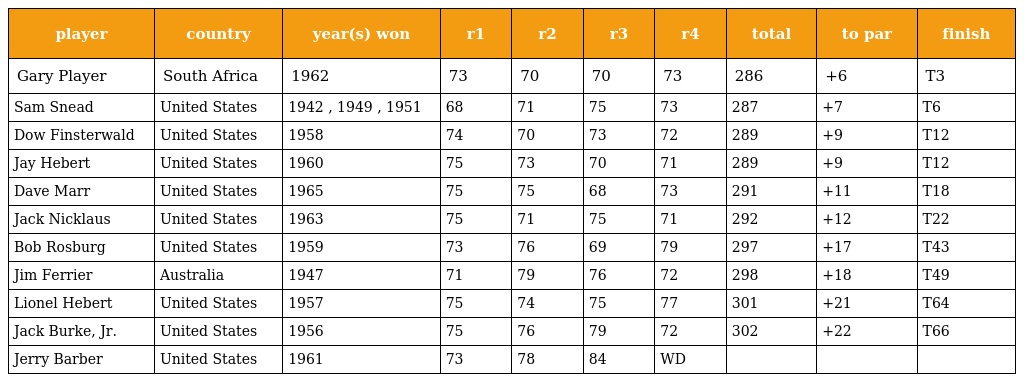
| player | country | year(s) won | r1 | r2 | r3 | r4 | total | to par | finish |
 | --- | --- | --- | --- | --- | --- | --- | --- | --- | --- |
 | Gary Player | South Africa | 1962 | 73 | 70 | 70 | 73 | 286 | +6 | T3 |
 | Sam Snead | United States | 1942 , 1949 , 1951 | 68 | 71 | 75 | 73 | 287 | +7 | T6 |
 | Dow Finsterwald | United States | 1958 | 74 | 70 | 73 | 72 | 289 | +9 | T12 |
 | Jay Hebert | United States | 1960 | 75 | 73 | 70 | 71 | 289 | +9 | T12 |
 | Dave Marr | United States | 1965 | 75 | 75 | 68 | 73 | 291 | +11 | T18 |
 | Jack Nicklaus | United States | 1963 | 75 | 71 | 75 | 71 | 292 | +12 | T22 |
 | Bob Rosburg | United States | 1959 | 73 | 76 | 69 | 79 | 297 | +17 | T43 |
 | Jim Ferrier | Australia | 1947 | 71 | 79 | 76 | 72 | 298 | +18 | T49 |
 | Lionel Hebert | United States | 1957 | 75 | 74 | 75 | 77 | 301 | +21 | T64 |
 | Jack Burke, Jr. | United States | 1956 | 75 | 76 | 79 | 72 | 302 | +22 | T66 |
 | Jerry Barber | United States | 1961 | 73 | 78 | 84 | WD |  |  |  |